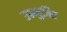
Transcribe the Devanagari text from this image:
उन्मुक्‍ति